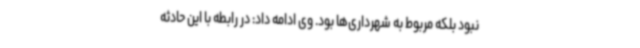
نبود بلکه مربوط به شهرداری‌ها بود. وی ادامه داد: در رابطه با این حادثه